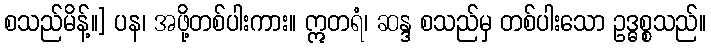
စသည်မိန့်။] ပန၊ အဖို့တစ်ပါးကား။ ဣတရံ၊ ဆန္ဒ စသည်မှ တစ်ပါးသော ဥဒ္ဓစ္စသည်။